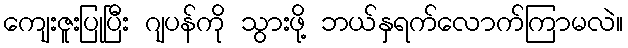
ကျေးဇူးပြုပြီး ဂျပန်ကို သွားဖို့ ဘယ်နှရက်လောက်ကြာမလဲ။